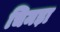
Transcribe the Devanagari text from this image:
चिमड़ा